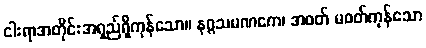
ငါးရာအတိုင်းအရှည်ရှိကုန်သော။ နဂ္ဂသမဏကေ၊ အဝတ် မဝတ်ကုန်သော